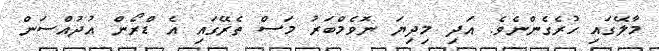
މާލޭގައި ހުރެގެންނެވެ. އަދި މިދިޔަ ނޮވެމްބަރު މަސް ތެރޭގައި އެ ޑްރޯން އުދުއްސަން